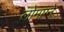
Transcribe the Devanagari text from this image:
लोमाग्ने